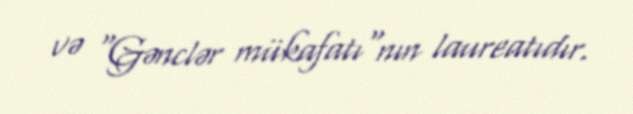
və "Gənclər mükafatı"nın laureatıdır.